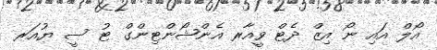
އޯލް އައި ނޯ އިޒް ދެޓް ވީއާރ އެންޝޯންޓިންގް ޓު ސީ ޔުއަރ